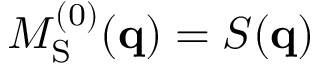
M _ { \mathrm { S } } ^ { ( 0 ) } ( \mathbf { q } ) = S ( \mathbf { q } )